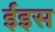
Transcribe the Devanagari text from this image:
ईइस